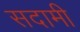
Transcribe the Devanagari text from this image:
सदामी